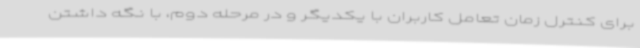
برای کنترل زمان تعامل کاربران با یکدیگر و در مرحله دوم، با نگه داشتن